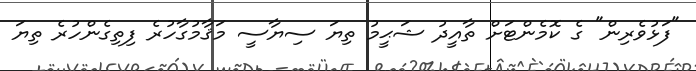
"ފަޅުވެރިން" ގެ ކޮމެންޓަށް ތާއީދު ޝަޙީމު ތިޔަ ސިޔާސީ މަޤާމުގާހުރެ ފިތިގެންހުރެ ތިޔަ